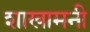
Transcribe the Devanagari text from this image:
शाखामनी